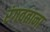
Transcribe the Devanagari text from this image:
रंगवताना